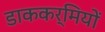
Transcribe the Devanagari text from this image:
डाककर्मियों